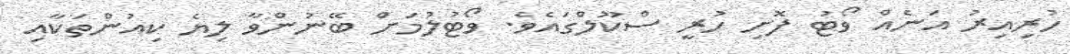
ހުރިއިރު އަނެއް ވޯޓު ފޮށި ހުރީ ސްކޫލްގައެވެ. ވޯޓުލުމަށް ބޭނުންވާ ލިޔެ ކިއުންތަކާއި